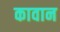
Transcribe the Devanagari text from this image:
कावान